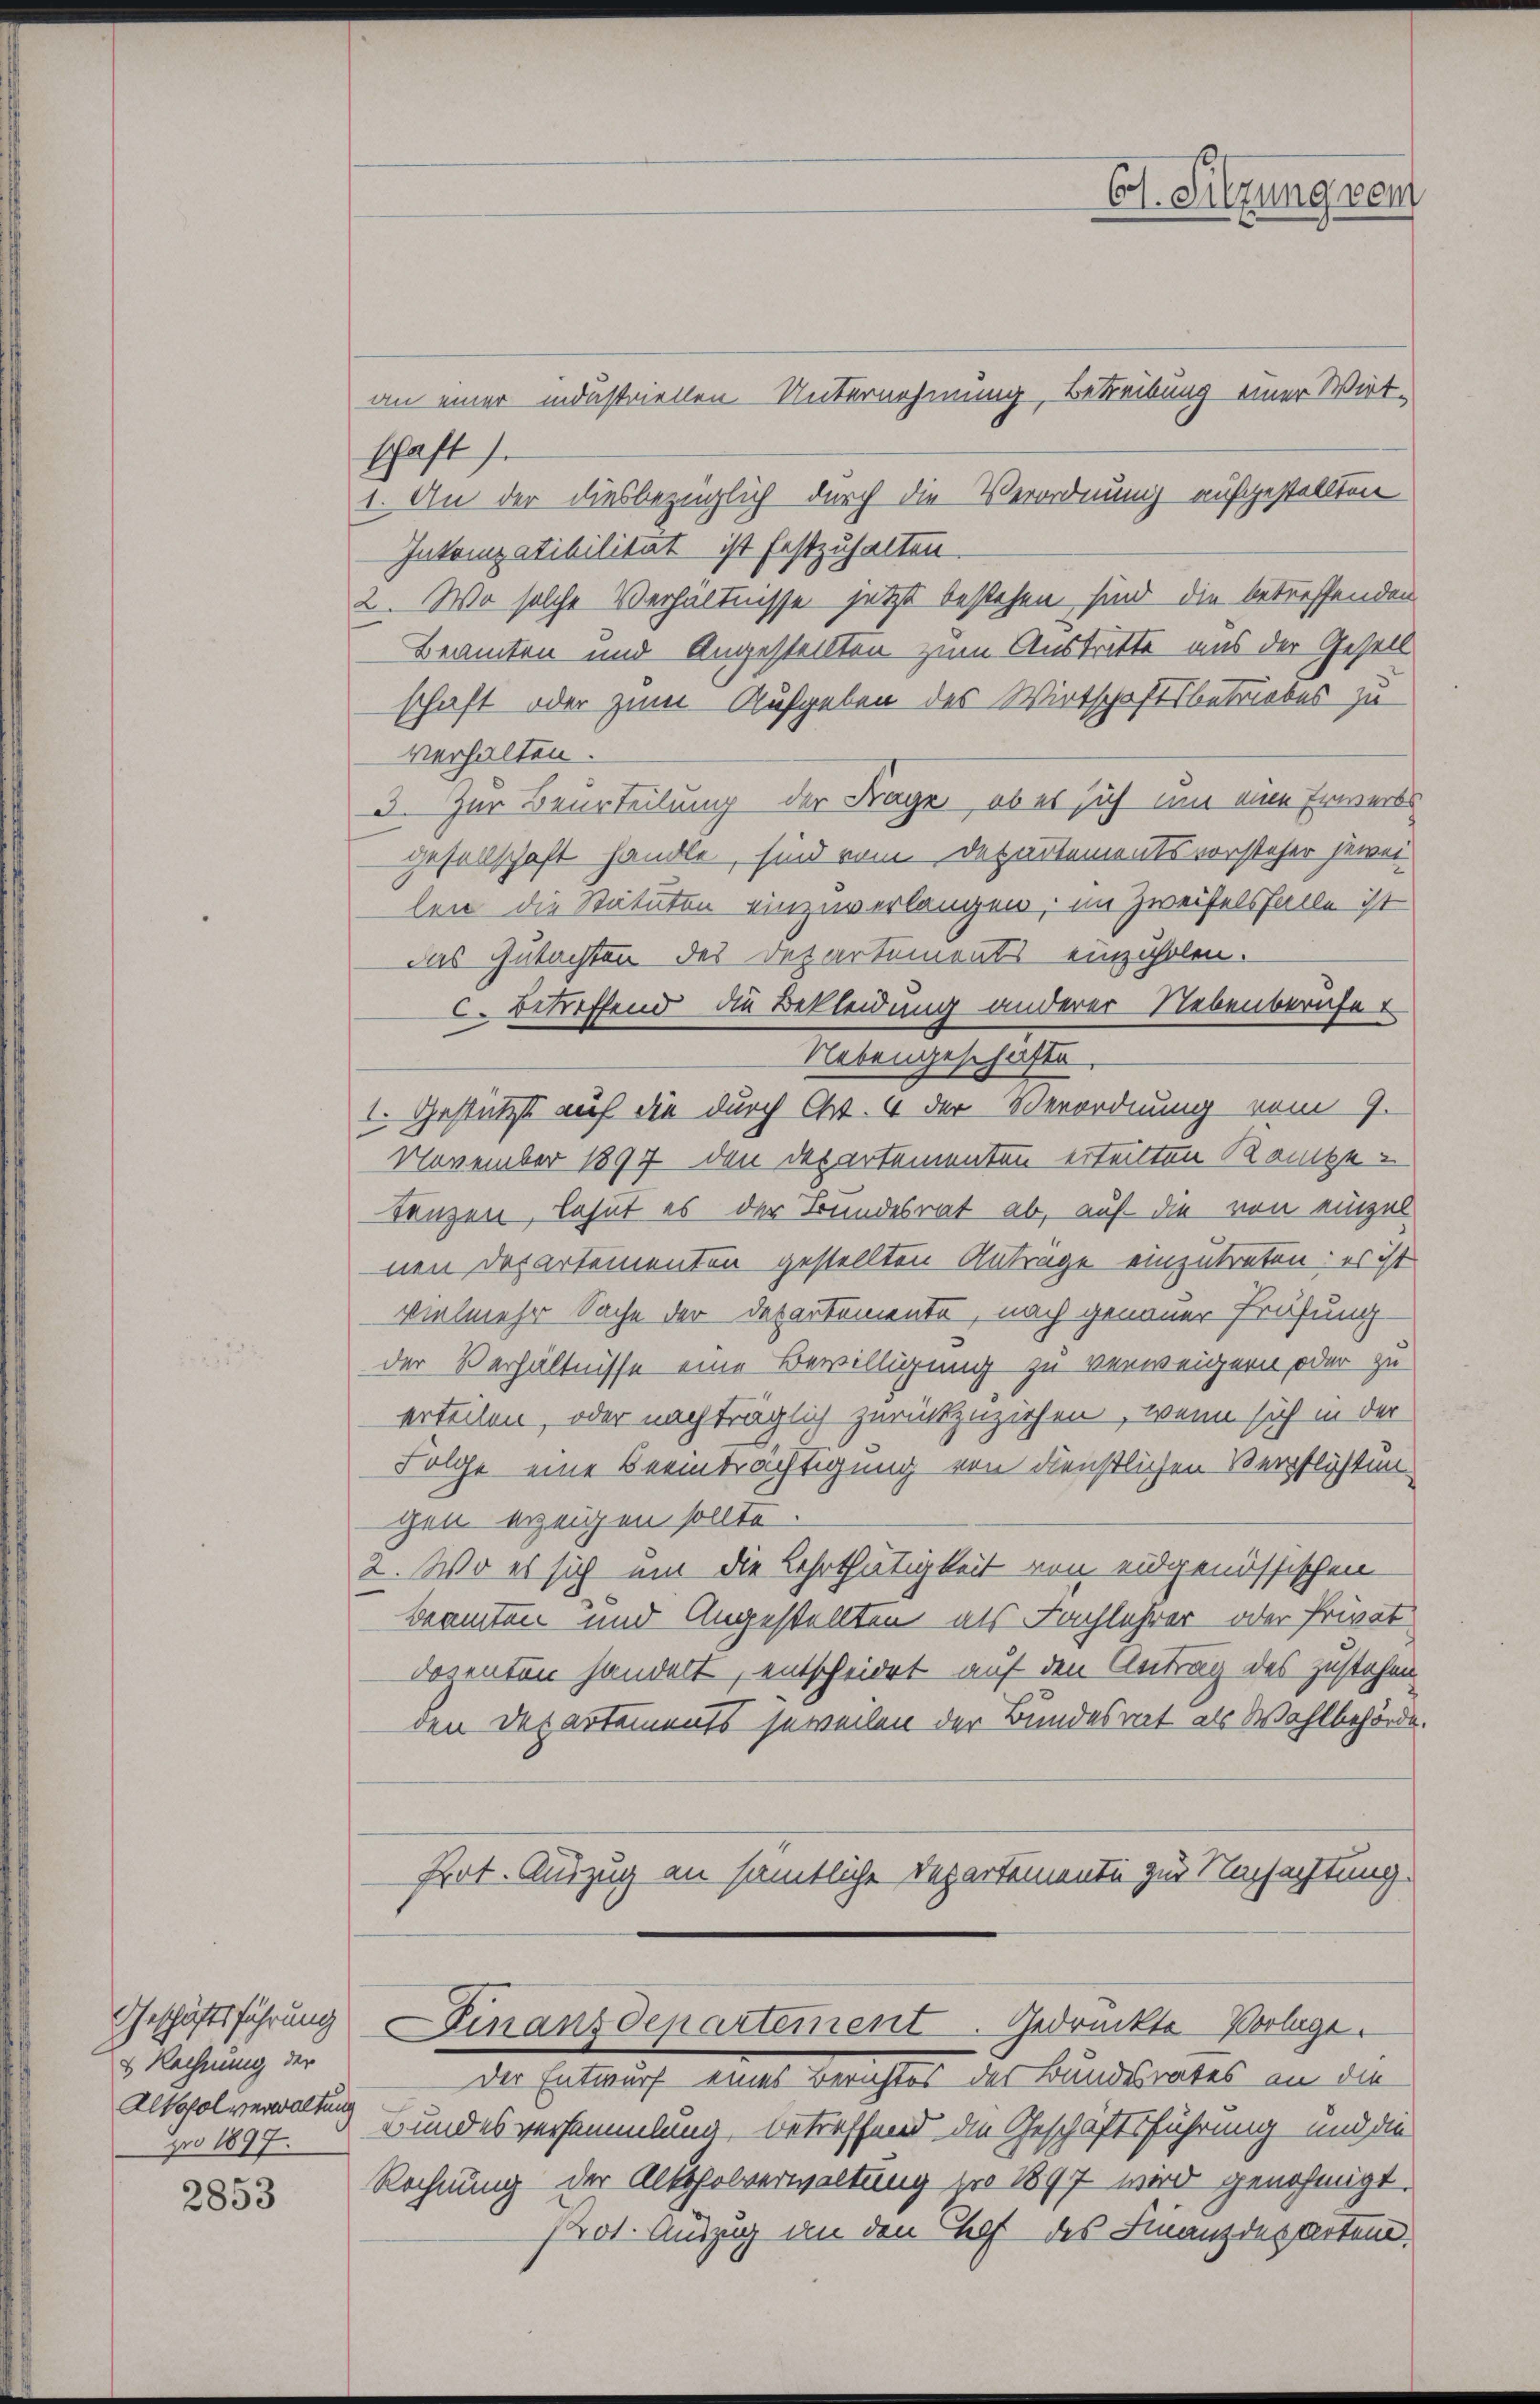
Geschäftsführung
& Rechnung der
Alkohol verwaltung
pro 1897.

2853

an einer industriellen Unternehmung, Betreibung einer Wirt-
schaft).
1. An der diesbezüglich durch die Verordnung aufgestellten
Inkemzatibilität ist festzuhalten.
2. Wo solche Verhältnisse jetzt bestehen sind die betreffenden
Beamten und Angestellten zum Austritte aus der Gesell
schaft oder zum Aufgeben des Wirtschaftsbetriebes zu
verhalten.
3. Zur Beurteilung der Frage, ob es sich um eine Erwerbs
gesellschaft handle, sind vom Departementsvorsteher jewei-
len die Statuten einzuverlangen, im Zweifelsfalle ist
das Gutachten des Departements einzuholen.
c. betreffend die Bekleidung anderer Nebenberufe
Nebengeschäfte.
I. Gestützt auf die durch Ct. 4 der Verordnung vom 9.
November 1897 den Departementen erteilten Kanze
Tänzen, lehnt es der Bundesrat ab, auf die von einzel
nen Departementen gestellten Antrage einzutreten: es ist
vielmehr Sache der Departemente, nach genauer Prüfung
der Verhältnisse eine Bewilligung zu verweigern oder zu
erteilen, oder nachträglich zurückzuziehen, wenn sich in der
Folge eine Beeinträchtigung von dienstlichen Verpflichtun
gen erzeigen sollte
2. Wo es sich um die Lehrthätigkeit von eidgenössischen
beamten und Angestellten als Fachlehrer oder Privat
dozenten handelt, entscheidet auf den Antrag des zustehen
den Departements jeweilen der Bundesrat als Wahlbehörde
Pot. Auszug an sämtliche Departemente zur Nachachtung.
Finanzdepartement. Gedrückte Vorlage.
Der Entwurf eines Berichtes der Bundesrates an die
Bundes versammlung, betreffend die Geschäftsführung und die
Rechnung der Altsholverwaltung pro 1897 wird genehmigt.
Prot. Auszug an den Chef des Finanzdepartem

C. Sitzung vom